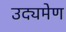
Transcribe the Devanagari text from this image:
उद्यमेण